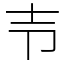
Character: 壭